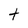
Character: t